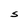
Character: S